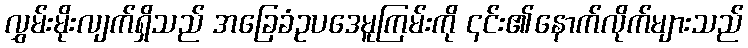
လွှမ်းမိုးလျက်ရှိသည် အခြေခံဥပဒေမူကြမ်းကို ၎င်း၏နောက်လိုက်များသည်